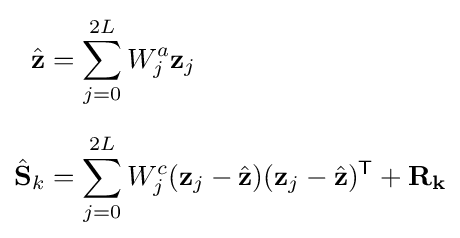
{\begin{aligned}{\hat {\mathbf {z} }}&=\sum _{j=0}^{2L}W_{j}^{a}\mathbf {z} _{j}\\[6pt]{\hat {\mathbf {S} }}_{k}&=\sum _{j=0}^{2L}W_{j}^{c}(\mathbf {z} _{j}-{\hat {\mathbf {z} }})(\mathbf {z} _{j}-{\hat {\mathbf {z} }})^{\textsf {T}}+\mathbf {R_{k}} \end{aligned}}